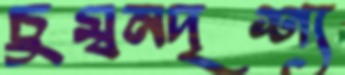
চুম্বনদৃশ্য